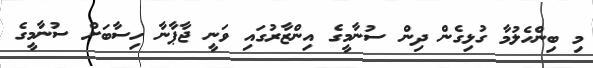
މި ބިންހެލުމާ ގުޅިގެން ދިން ސުނާމީގެ އިންޒާރުގައި ވަނީ ޖާޕާނާ ހިސާބަށް ސުނާމީގެ